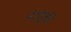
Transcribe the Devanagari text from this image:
नातूंची